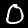
Label: 0